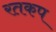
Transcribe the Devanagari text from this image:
रतकप